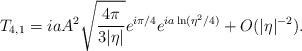
LaTeX: \begin{align*}T_{4,1}=iaA^2\sqrt{\frac{4\pi}{3|\eta|}}e^{i\pi/4}e^{ia\ln(\eta^2/4)} + O(|\eta|^{-2}).\end{align*}